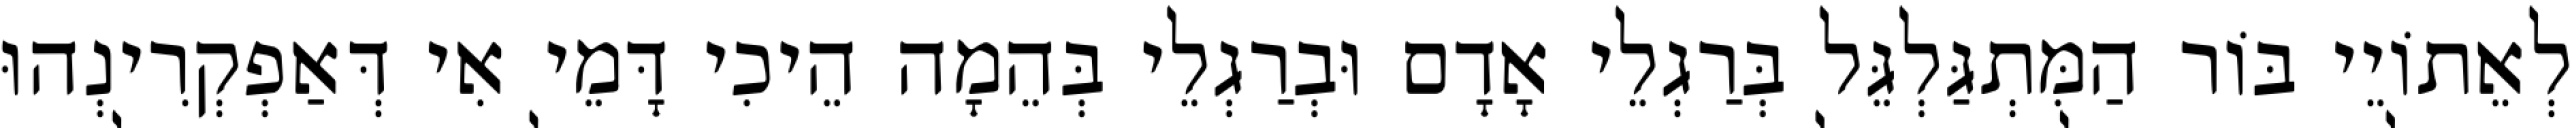
לְאֵתוֹיֵי בּוֹר הַמִּתְגַּלְגֵּל בְּרַגְלֵי אָדָם וּבְרַגְלֵי בְּהֵמָה הֵיכִי דָּמֵי אִי דְּאַפְקְרִינְהוּ